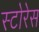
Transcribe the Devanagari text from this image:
स्टोरेस